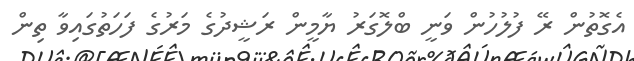
އެގޮތުން ރޭ ފުލުހުން ވަނީ ބްލޮގަރު ޔާމީން ރަޝީދުގެ މަރުގެ ފަހަތުގައިވާ ތިން